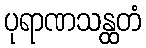
ပုရာဏသန္ထတံ